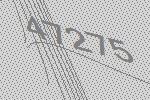
47275